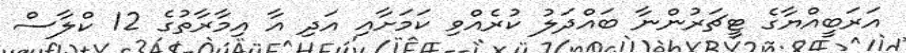
އަރަބީއްޔާގެ ޓީޗަރުންނާ ބައްދަލު ކުރެއްވި ކަމަށާއި އަދި އާ އިމާރާތުގެ 12 ކްލާސް